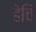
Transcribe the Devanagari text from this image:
हेचि